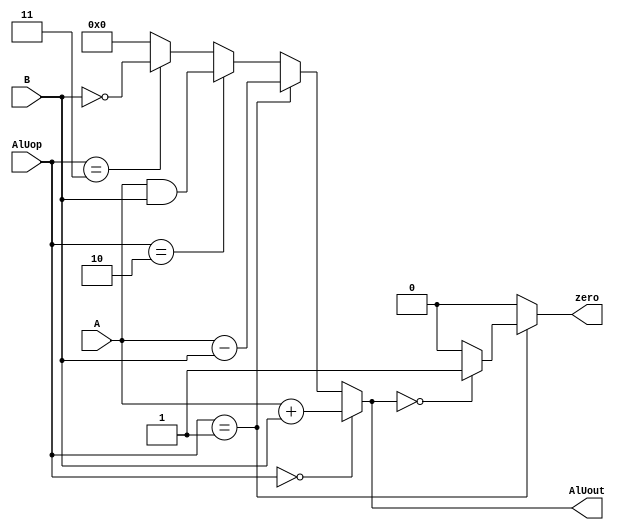
`timescale 1ns/1ns
module AlUop(input[7:0] A,B,input[1:0] AlUop,output[7:0] AlUout,output zero);
  assign AlUout = (AlUop==2'b 00) ? (A+B) : 
                  (AlUop==2'b 01) ? (A-B) :
                  (AlUop==2'b 10) ? (A&B) :
                  (AlUop==2'b 11) ? (~B)  :
                  8'b 00000000;
  assign zero = (AlUop==2'b 01) ? ((AlUout==8'b 00000000) ? 1'b 1 : 1'b 0) : 1'b 0;
endmodule